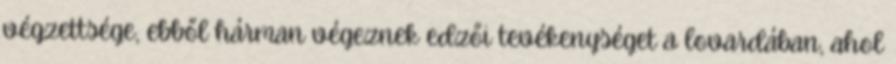
végzettsége, ebből hárman végeznek edzői tevékenységet a lovardában, ahol